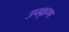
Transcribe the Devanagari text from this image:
उपवृहण